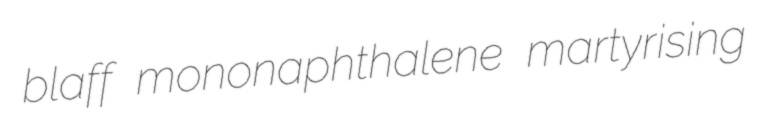
blaff mononaphthalene martyrising